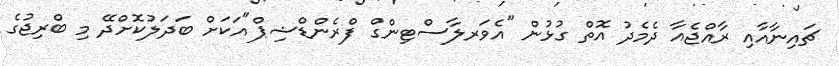
ޗައިނާއާއި ރާއްޖެއާ ދެމެދު އޮތް ގުޅުން "އެވަރލާސްޓިންގް ފްރެންޑްޝިޕް"އަކަށް ބަދަލުކޮށްދޭ މި ބްރިޖުގެ